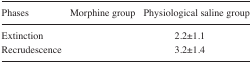
<table><thead><tr><td><b>Phases</b></td><td><b>Morphine group</b></td><td><b>Physiological saline group</b></td></tr></thead><tbody><tr><td>Extinction</td><td>[EMPTY_CELL]</td><td>2.2±1.1</td></tr><tr><td>Recrudescence</td><td>[EMPTY_CELL]</td><td>3.2±1.4</td></tr></tbody></table>